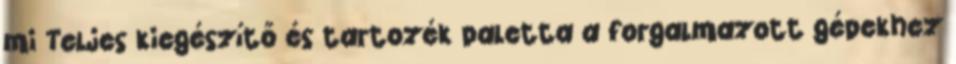
mi Teljes kiegészítő és tartozék paletta a forgalmazott gépekhez